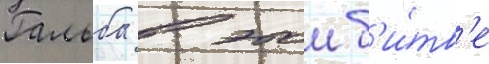
Гальба в этои б'и́тв'е